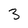
Character: 3